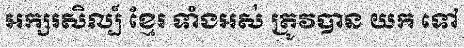
អក្សរសិល្ប៍ ខ្មែរ ទាំងអស់ ត្រូវបាន យក ទៅ